Vaccination report Assam 1896-1927 - 1896-1927
Year: 1896
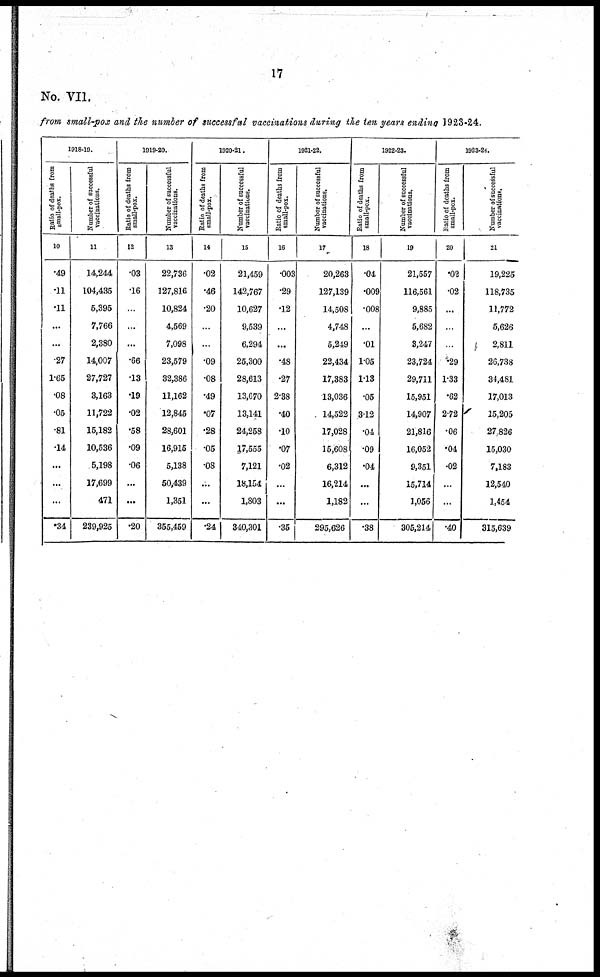
17
No. VII.
from small-pox and the number of successful vaccinations during the ten years ending 1923-24.
1918-19.
Ratio of deaths from
small-pox.
10
.49
.11
.11
...
...
.27
1.65
.08
.05
.81
.14
...
...
...
.34
Number of successful
vaccinations.
11
14,244
104,435
5,395
7,766
2,380
14,007
27,727
3,163
11,722
15,182
10,536
5,198
17,699
471
239,925
1919-20.
Ratio of deaths from
small-pox.
12
.03
.16
...
...
...
.66
.13
.19
.02
.58
.09
.06
...
...
.20
Number of successful
vaccinations.
13
22,736
127,816
10,824
4,569
7,098
23,579
32,386
11,162
12,845
28,601
16,915
5,138
50,439
1,351
355,459
1920-21.
Ratio of deaths from
small-pox.
14
.02
.46
.20
...
...
.09
.08
.49
.07
.28
.05
.08
...
...
.24
Number of successful
vaccinations.
15
21,459
142,767
10,627
9,539
6,294
25,300
28,613
13,670
13,141
24,258
17,555
7,121
18,154
1,803
340,301
1921-22.
Ratio of deaths from
small-pox.
16
.003
.29
.12
...
...
.48
.27
2.38
.40
.10
.07
.02
...
...
.35
Number of successful
vaccinations.
17
20,263
127,139
14,508
4,748
5,249
22,434
17,383
13,036
14,522
17,028
15,608
6,312
16,214
1,182
295,626
1922-23.
Ratio of deaths from
small-pox.
18
.04
.009
.008
...
.01
1.05
1.13
.05
3.12
.04
.09
.04
...
...
.38
Number of successful
vaccinations.
19
21,557
116,561
9,885
5,682
3,247
23,724
29,711
15,951
14,907
21,816
16,052
9,351
15,714
1,056
305,214
1923-24.
Ratio of deaths from
small-pox.
20
.02
.02
...
...
...
.29
1.33
.62
2.72
.06
.04
.02
...
...
.40
Number of successful
vaccinations.
21
19,225
118,735
11,772
5,626
2,811
26,738
34,481
17,013
15,205
27,826
15,030
7,183
12,540
1,454
315,639